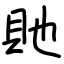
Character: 貤